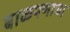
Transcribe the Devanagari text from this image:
बाळपणाचा